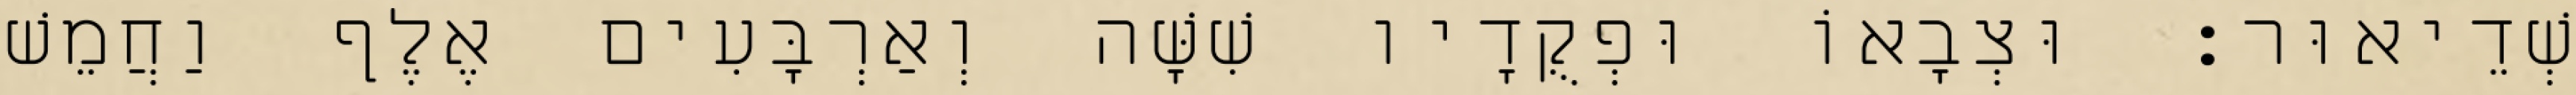
שְׁדֵיאוּר׃ וּצְבָאוֹ וּפְקֻדָיו שִׁשָּׁה וְאַרְבָּעִים אֶלֶף וַחֲמֵשׁ